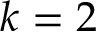
k = 2